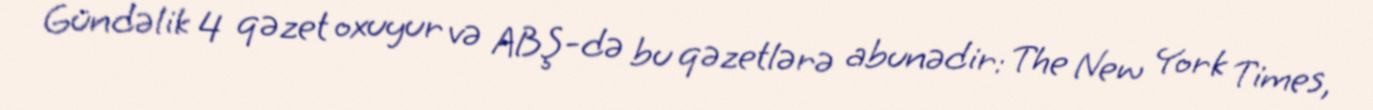
Gündəlik 4 qəzet oxuyur və ABŞ-də bu qəzetlərə abunədir: The New York Times,